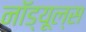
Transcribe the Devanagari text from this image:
नॉड्यूल्स